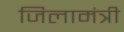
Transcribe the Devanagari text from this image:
जिलामंत्री